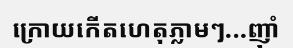
ក្រោយកើតហេតុភ្លាមៗ...ញ៉ាំ